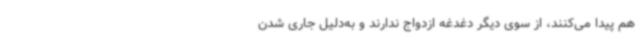
هم پیدا می‌کنند، از سوی دیگر دغدغه ازدواج ندارند و به‌دلیل جاری شدن